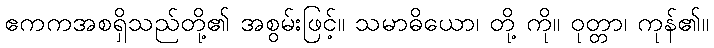
ဧကကအစရှိသည်တို့၏ အစွမ်းဖြင့်။ သမာဓိယော၊ တို့ ကို။ ဝုတ္တာ၊ ကုန်၏။